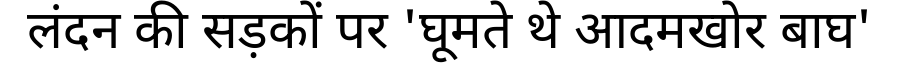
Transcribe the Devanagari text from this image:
लंदन की सड़कों पर 'घूमते थे आदमखोर बाघ'